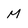
Character: M